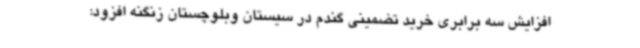
افزایش سه برابری خرید تضمینی گندم در سیستان وبلوچستان زنگنه افزود: